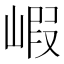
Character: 𡺁